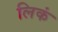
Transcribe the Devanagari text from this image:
लिकं